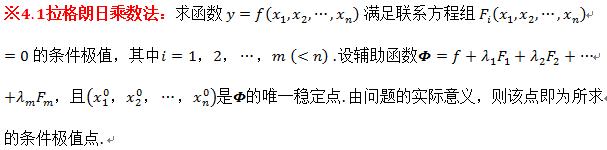
**※4.1拉格朗日乘数法**：求函数$y = f(x_1,x_2,\cdots,x_n)$满足联系方程组$F_i(x_1,x_2,\cdots,x_n)= 0$的条件极值，其中$i = 1,2,\cdots,m\ (m < n)$.设辅助函数$\varPhi = f+\lambda_1F_1+\lambda_2F_2+\cdots+\lambda_mF_m$，且$(x_1^0,x_2^0,\cdots,x_n^0)$是$\varPhi$的唯一稳定点.由问题的实际意义，则该点即为所求的条件极值点.